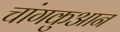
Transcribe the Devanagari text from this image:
चांगकुआन